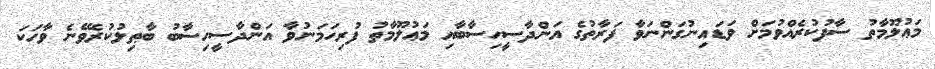
މަޢުލޫމާތު ސާފުކުރެއްވުމަށް ވަޑައިނުގަންނަވާ ފަރާތުގެ އަންދާސީހިސާބާއި މަޢުލޫމާތު ފުރިހަމަނުވާ އަންދާސީހިސާބު ބާޠިލުކުރެވޭނެ ވާހަކަ